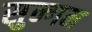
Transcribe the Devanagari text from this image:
सुन्गम